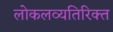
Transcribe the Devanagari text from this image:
लोकलव्यतिरिक्त